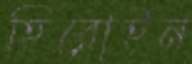
হিরোইন